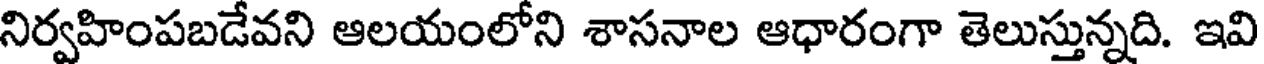
నిర్వహింపబడేవని ఆలయంలోని శాసనాల ఆధారంగా తెలుస్తున్నది. ఇవి